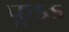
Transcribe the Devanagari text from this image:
फूऽऽ